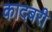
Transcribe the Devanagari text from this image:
कादबरी